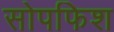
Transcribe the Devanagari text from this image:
सोपफिश